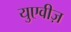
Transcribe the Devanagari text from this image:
युएवीज़